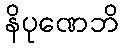
နိပုဏေဘိ